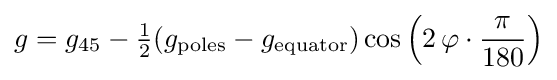
g=g_{45}-{\tfrac {1}{2}}(g_{\mathrm {poles} }-g_{\mathrm {equator} })\cos \left(2\,\varphi \cdot {\frac {\pi }{180}}\right)